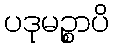
ပဒုမဉ္စာပိ